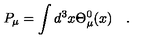
P _ { \mu } = \int d ^ { 3 } x \Theta _ { \mu } ^ { 0 } ( x ) \quad .